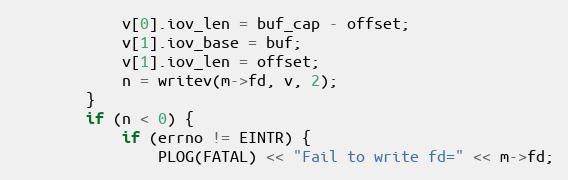
Language: C++
            v[0].iov_len = buf_cap - offset;
            v[1].iov_base = buf;
            v[1].iov_len = offset;
            n = writev(m->fd, v, 2);
        }
        if (n < 0) {
            if (errno != EINTR) {
                PLOG(FATAL) << "Fail to write fd=" << m->fd;